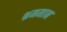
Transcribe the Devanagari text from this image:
भ्रममान